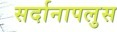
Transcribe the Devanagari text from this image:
सर्दानापलुस